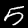
Label: 5